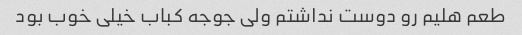
طعم هلیم رو دوست نداشتم ولی جوجه کباب خیلی خوب بود